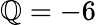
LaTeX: \mathbb{Q}=-6